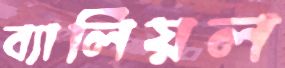
ব্যালিয়ল